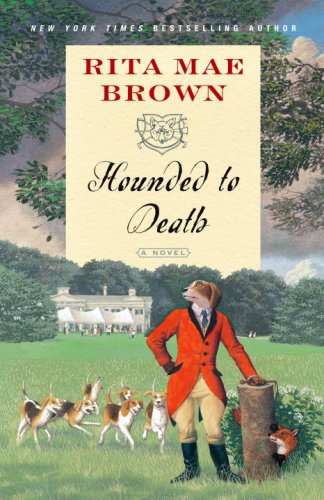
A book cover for Hounded to Death: A Novel ("Sister" Jane); Rita Mae Brown; Literature & Fiction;